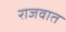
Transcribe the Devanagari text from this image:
राजवात